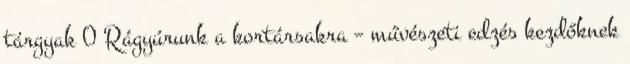
tárgyak 0 Rágyúrunk a kortársakra – művészeti edzés kezdőknek